Scottish Leaving Certificate Examination, 1951
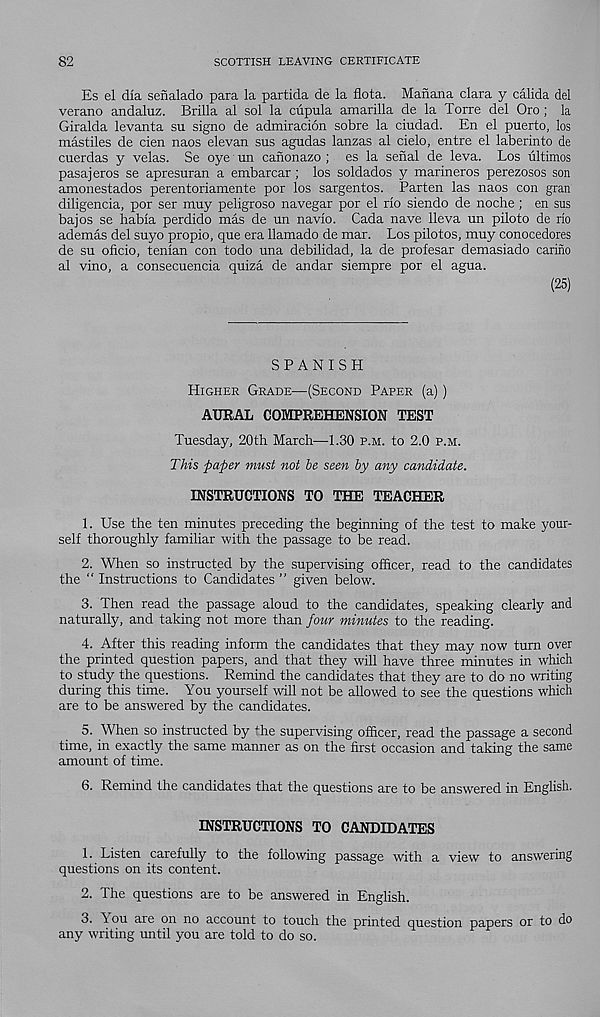
82
SCOTTISH LEAVING CERTIFICATE
Es el dla senalado para la partida de la flota. Manana clara y calida del
verano andaluz. Brilla al sol la cupula amarilla de la Torre del Oro; la
Giralda levanta su signo de admiracion sobre la ciudad. En el puerto, los
mastiles de cien naos elevan sus agudas lanzas al cielo, entre el laberinto de
cuerdas y velas. Se oye un canonazo ; es la serial de leva. Los ultimos
pasajeros se apresuran a embarcar; los soldados y marineros perezosos son
amonestados perentoriamente por los sargentos. Parten las naos con gran
diligencia, por ser muy peligroso navegar por el rlo siendo de noche; en sus
bajos se habla perdido mas de un navlo. Cada nave lleva un piloto de no
ademas del suyo propio, que era llamado de mar. Los pilotos, muy conocedores
de su oficio, tenlan con todo una debilidad, la de profesar demasiado carino
al vino, a consecuencia quiza de andar siempre por el agua.
(25)
SPANISH
Higher Grade—(Second Paper (a))
AURAL COMPREHENSION TEST
Tuesday, 20th March—1.30 p.m. to 2.0 p.m.
This jpafter must not be seen by any candidate.
INSTRUCTIONS TO THE TEACHER
1. Use the ten minutes preceding the beginning of the test to make your-
self thoroughly familiar with the passage to be read.
2. When so instructed by the supervising officer, read to the candidates
the “ Instructions to Candidates ” given below.
3. Then read the passage aloud to the candidates, speaking clearly and
naturally, and taking not more than four minutes to the reading.
4. After this reading inform the candidates that they may now turn over
the printed question papers, and that they will have three minutes in which
to study the questions. Remind the candidates that they are to do no writing
during this time. You yourself will not be allowed to see the questions which
are to be answered by the candidates.
5. When so instructed by -"he supervising officer, read the passage a second
time, in exactly the same manner as on the first occasion and taking the same
amount of time.
6. Remind the candidates that the questions are to be answered in English.
INSTRUCTIONS TO CANDIDATES
1. Listen carefully to the following passage with a view to answering
questions on its content.
2. The questions are to be answered in English.
3. You are on no account to touch the printed question papers or to do
any writing until you are told to do so.